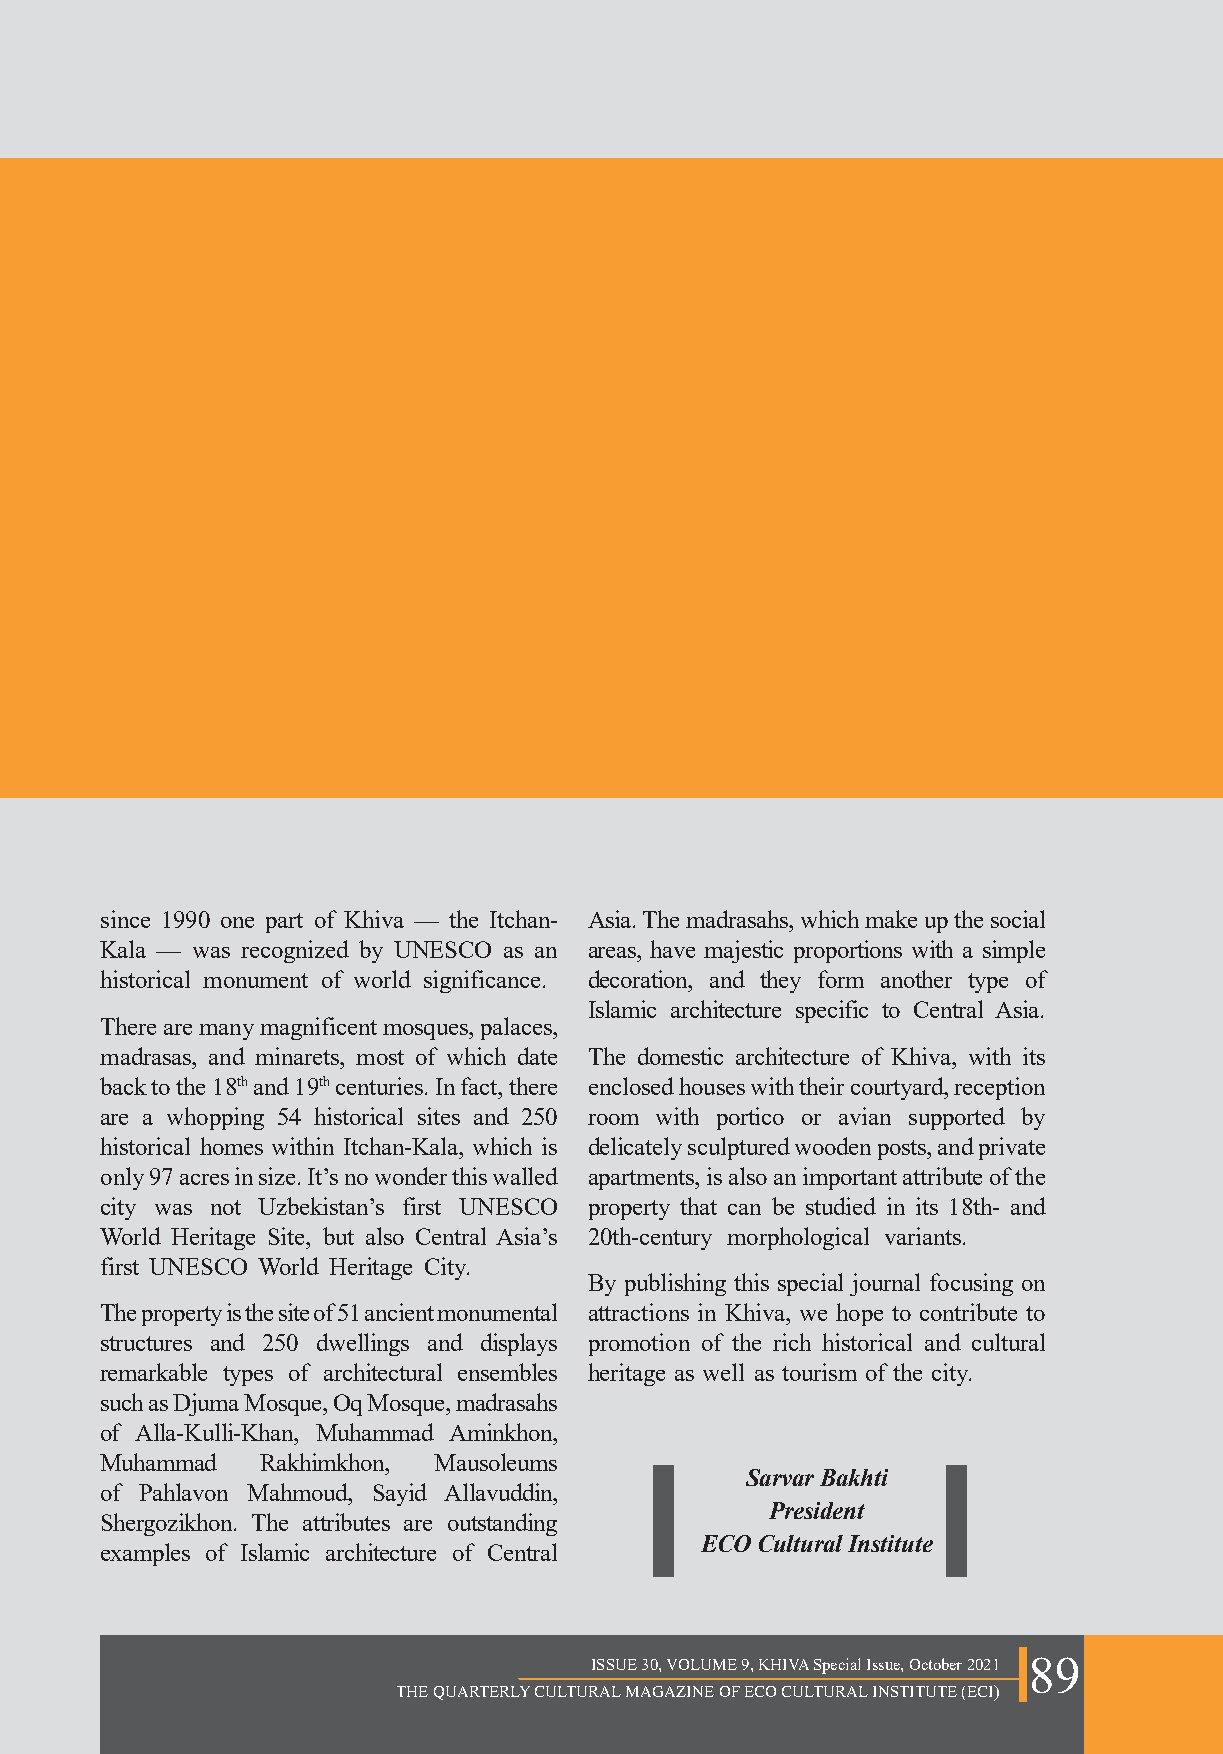
since 1990 one part of Khiva — the Itchan- Asia. The madrasahs, which make up the social
 Kala — was recognized by UNESCO as an areas, have majestic proportions with a simple
 historical monument of world significance. decoration, and they form another type of
 Islamic architecture specific to Central Asia.
 There are many magnificent mosques, palaces,
 madrasas, and minarets, most of which date The domestic architecture of Khiva, with its
 back to the 18th and 19th centuries. In fact, there enclosed houses with their courtyard, reception
 are a whopping 54 historical sites and 250 room with portico or avian supported by
 historical homes within Itchan-Kala, which is delicately sculptured wooden posts, and private
 only 97 acres in size. It’s no wonder this walled apartments, is also an important attribute of the
 city was not Uzbekistan’s first UNESCO property that can be studied in its 18th- and
 World Heritage Site, but also Central Asia’s 20th-century morphological variants.
 first UNESCO World Heritage City.
 By publishing this special journal focusing on
 The property is the site of 51 ancient monumental attractions in Khiva, we hope to contribute to
 structures and 250 dwellings and displays promotion of the rich historical and cultural
 remarkable types of architectural ensembles heritage as well as tourism of the city.
 such as Djuma Mosque, Oq Mosque, madrasahs
 of Alla-Kulli-Khan, Muhammad Aminkhon,
 Muhammad  Rakhimkhon, Mausoleums
 Sarvar Bakhti
 of Pahlavon Mahmoud, Sayid Allavuddin,
 President
 Shergozikhon. The attributes are outstanding
 ECO Cultural Institute
 examples of Islamic architecture of Central
 ISSUE 30, VOLUME 9, KHIVA Special Issue, October 2021 89
 THE QUARTERLY CULTURAL MAGAZINE OF ECO CULTURAL INSTITUTE (ECI)